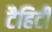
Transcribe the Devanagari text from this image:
टैहिटी